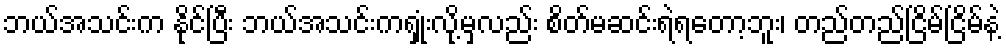
ဘယ်အသင်းက နိုင်ပြီး ဘယ်အသင်းကရှုံးလို့မှလည်း စိတ်မဆင်းရဲရတော့ဘူး၊ တည်တည်ငြိမ်ငြိမ်နဲ့